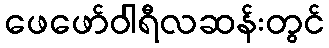
ဖေဖော်ဝါရီလဆန်းတွင်